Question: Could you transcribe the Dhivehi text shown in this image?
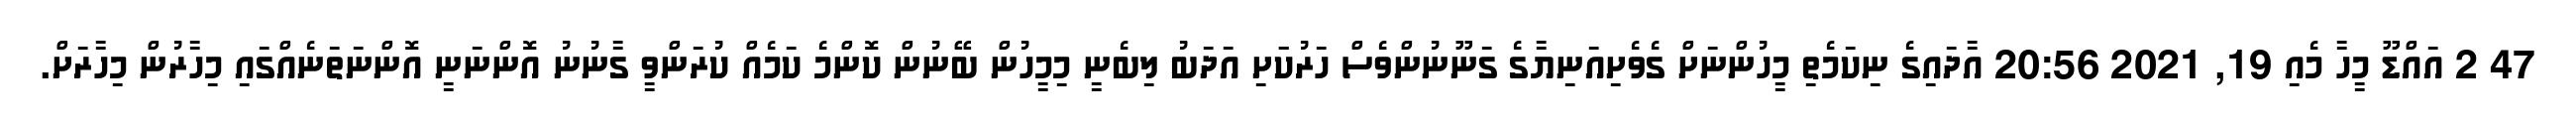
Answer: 47 2 އައްޑޫ މީހާ މެއި 19, 2021 20:56 އާދައިގެ ނިކަމެތި މީހުންނަށް ގެވެށިއަނިޔާގެ ގަނޫނުންވެސް ހަރުކަަށި އަދަބު ލިބެނީ މިމީހުން ބޭނުން ކޮންމެ ކަމެއް ކުރަންވީ ގާނުނު އޮންނަނީ އޮންނަތަނެއްގައި މިހާރުން މިހާރަށް.